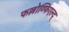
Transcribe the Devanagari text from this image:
फल्लोव्फिएल्द्